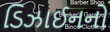
ડિઝાઈનનો